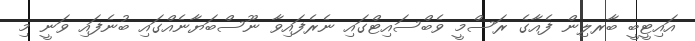
އަައިޓީބީ ބާރލިން ފެއާގެ ރަސްމީ ވެބްސައިޓްގައި ނެރެފައިވާ ނޫސްބަޔާނެއްގައި ބުނެފައި ވަނީ މި